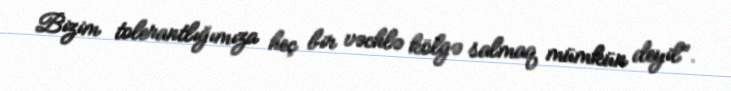
Bizim tolerantlığımıza heç bir vəchlə kölgə salmaq mümkün deyil".